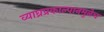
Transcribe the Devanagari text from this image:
व्याघ्रप्रकाल्पानमुळेच